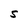
Character: S